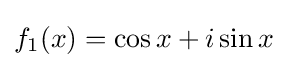
f_{1}(x)=\cos x+i\sin x